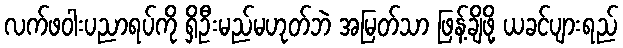
လက်ဖဝါးပညာရပ်ကို ရှိဦးမည်မဟုတ်ဘဲ အမြတ်သာ ဖြန့်ချိဖို့ ယခင်ပျားရည်